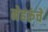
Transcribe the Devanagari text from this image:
नेहरुंचे